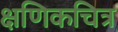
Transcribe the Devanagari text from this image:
क्षणिकचित्र